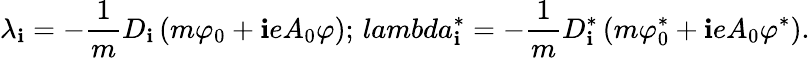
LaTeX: \lambda_{\mathbf{i}}=-\frac{{1}}{{m}}D_{\mathbf{i}}\left(m\varphi_{0}+\mathbf{i}eA_{0}\varphi\right);\, lambda_{\mathbf{i}}^{\ast}=-\frac{{1}}{{m}}D_{\mathbf{i}}^{\ast}\left(m\varphi_{0}^{\ast}+\mathbf{i}eA_{0}\varphi^{\ast}\right).